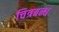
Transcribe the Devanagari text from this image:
चित्रबन्ध